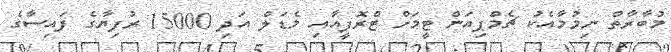
މުބާރާތް ނިމުމާއެކު ޗެމްޕިއަން ޓީމަށް ޓްރޮފީއާއި މެޑަލް އަދި 15000 ރުފިޔާގެ ފައިސާގެ